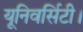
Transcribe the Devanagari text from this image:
यूनिवर्सिटी।